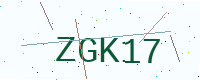
Text: ZGK17